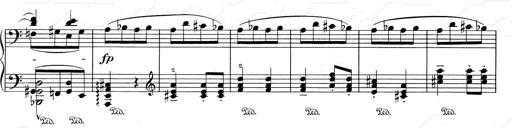
Title: RÃ©miniscences de Don Juan
Composer: Franz Liszt